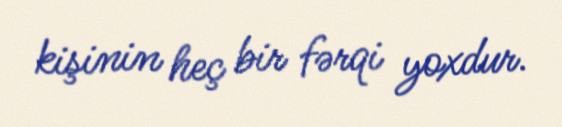
kişinin heç bir fərqi yoxdur.